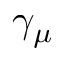
\gamma _ { \mu }